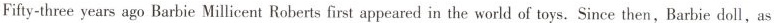
Fifty-three years ago Barbie Millicent Roberts first appeared in the world of toys.Since then, Barbie doll,as